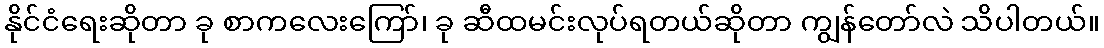
နိုင်ငံရေးဆိုတာ ခု စာကလေးကြော်၊ ခု ဆီထမင်းလုပ်ရတယ်ဆိုတာ ကျွန်တော်လဲ သိပါတယ်။